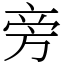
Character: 旁